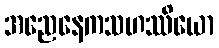
အညေနေကသဟဿိယော